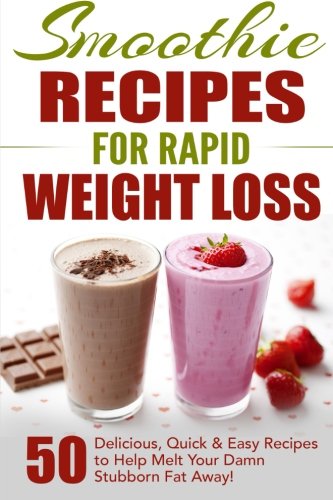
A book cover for Smoothie Recipes for Rapid Weight Loss: 50 Delicious, Quick & Easy Recipes to Help Melt Your Damn Stubborn Fat Away! (free weight loss books, ... weight loss, smoothie recipe book) (Volume 1); Fat Loss Nation; Cookbooks, Food & Wine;